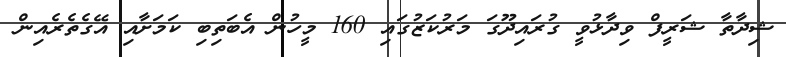
ޝިދާތާ ޝަރީފް ވިދާޅުވީ ގުރައިދޫގަ މަރުކަޒުގައި 160 މީހުން އެބަތިބި ކަމަށާއި އޭގެތެރެއިން